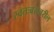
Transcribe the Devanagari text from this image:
स्वतःबरोबरील